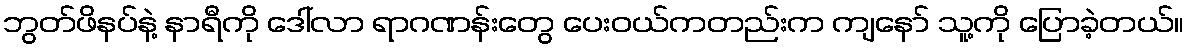
ဘွတ်ဖိနပ်နဲ့ နာရီကို ဒေါ်လာ ရာဂဏန်းတွေ ပေးဝယ်ကတည်းက ကျနော် သူ့ကို ပြောခဲ့တယ်။